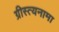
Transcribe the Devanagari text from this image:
ग्रीस्त्यनामा